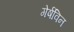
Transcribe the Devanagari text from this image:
गेर्षविन